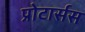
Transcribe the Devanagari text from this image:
प्रोटार्सस